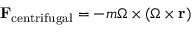
\mathbf { F } _ { \mathrm { c e n t r i f u g a l } } = - m { \boldsymbol { \Omega } } \times ( { \boldsymbol { \Omega } } \times \mathbf { r } )